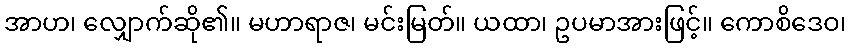
အာဟ၊ လျှောက်ဆို၏။ မဟာရာဇ၊ မင်းမြတ်။ ယထာ၊ ဥပမာအားဖြင့်။ ကောစိဒေဝ၊